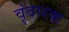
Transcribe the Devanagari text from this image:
वृंदारक